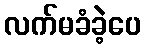
လက်မခံခဲ့ပေ